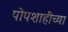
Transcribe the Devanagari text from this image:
पोपशाहीच्या